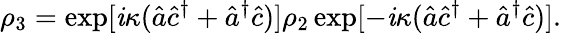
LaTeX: \rho_{3}=\exp[\mathit{i}\kappa(\hat{{a}}\hat{{c}}^{\dagger}+\hat{{a}}^{\dagger}\hat{{c}})]\rho_{2}\exp[-\mathit{i}\kappa(\hat{{a}}\hat{{c}}^{\dagger}+\hat{{a}}^{\dagger}\hat{{c}})].